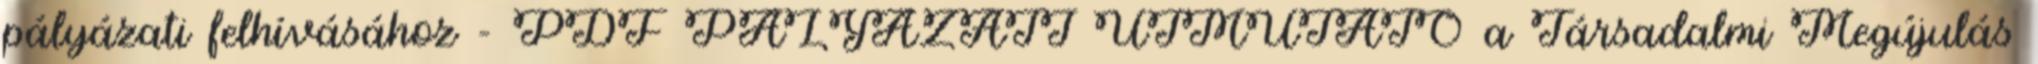
pályázati felhívásához - PDF PÁLYÁZATI ÚTMUTATÓ a Társadalmi Megújulás